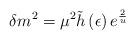
LaTeX: \begin{align*}\delta m^{2}=\mu ^{2}\tilde{h}\left( \epsilon \right) e^{\frac{2}{u}}\end{align*}